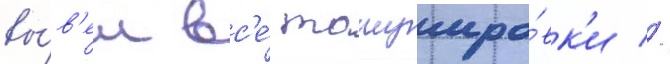
вы́в'ел вс'е́ татуиро́вк'и //